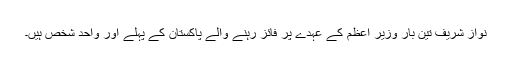
نواز شریف تین بار وزیر اعظم کے عہدے پر فائز رہنے والے پاکستان کے پہلے اور واحد شخص ہیں۔